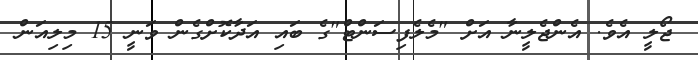
ޖޯލީ އެވެ. އެންޖެލީނާ އަށް "މެލެފިސަންޓް"ގެ ބައި އަދާކޮށްގެން ވަނީ 15 މިލިއަން